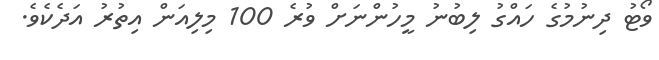
ވޯޓު ދިނުމުގެ ހައްގު ލިބުނު މީހުންނަށް ވުރެ 100 މިލިއަން އިތުރު އަދެކެވެ.